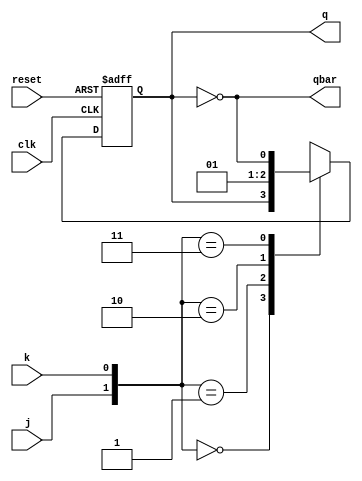
`timescale 1ns / 1ps
//////////////////////////////////////////////////////////////////////////////////
// Company: 
// Engineer: 
// 
// Design Name: 
// Module Name: jkflipflop
// Project Name: 
// Target Devices: 
// Tool Versions: 
// Description: 
// 
// Dependencies: 
// 
// Revision:
// Revision 0.01 - File Created
// Additional Comments:
// 
//////////////////////////////////////////////////////////////////////////////////


module jkflipflop(q,qbar,clk,j,k,reset);
input clk,reset;
input j,k;
output reg q;
output qbar;
assign qbar=~q;
always @ (posedge clk or posedge reset)
begin
if(reset)
q<=1'b0 ;
else 
case({j,k})
2'b00:q<=q;
2'b01:q<=0;
2'b10:q<=1;
2'b11:q<=~q;
endcase

end
endmodule